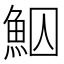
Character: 鮂